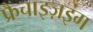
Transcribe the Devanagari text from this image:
फ्रैंचाइज़इंग